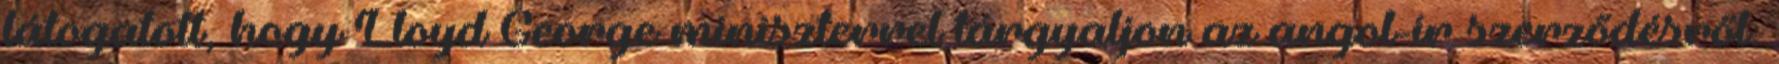
látogatott, hogy Lloyd George miniszterrel tárgyaljon az angol-ír szerződésről.